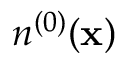
n ^ { ( 0 ) } ( \mathbf { x } )